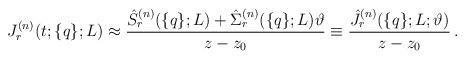
LaTeX: \begin{align*}J_r^{(n)}(t;\{q\};L)\approx\frac{\hat S_r^{(n)}(\{q\};L)+\hat\Sigma_r^{(n)}(\{q\};L)\vartheta}{z-z_0}\equiv \frac{\hat J_r^{(n)}(\{q\};L;\vartheta)}{z-z_0}\,.\end{align*}